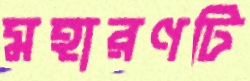
মহারণটি